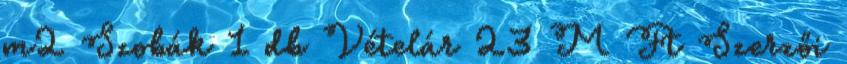
m2 Szobák 1 db Vételár 23 M Ft Szerzői